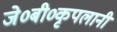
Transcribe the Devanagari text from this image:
जे०बी०कृपलानी